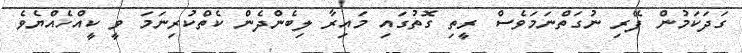
ގަދަކަމުން ފޭރި ނުގަތްނަމަވެސް ރީތި ގޮތުގައި މައިރާ ލިބެންދެން ކެތްކުރިނަމަ ވީ ކީއްހެއްޔެވެ